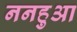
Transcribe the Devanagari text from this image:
ननहुआ